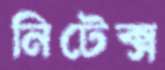
নিটেক্স